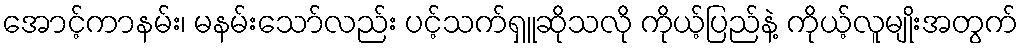
အောင့်ကာနမ်း၊ မနမ်းသော်လည်း ပင့်သက်ရှူဆိုသလို ကိုယ့်ပြည်နဲ့ ကိုယ့်လူမျိုးအတွက်